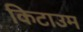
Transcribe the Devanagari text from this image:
किटाउम